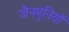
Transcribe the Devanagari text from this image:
जैनमुनियों